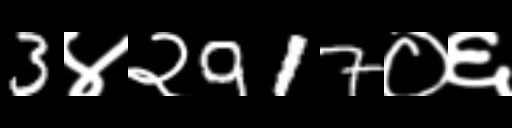
Text: 3४२917०६